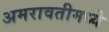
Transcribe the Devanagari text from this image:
अमरावतीमध्ये